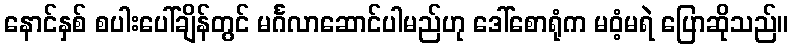
နောင်နှစ် စပါးပေါ်ချိန်တွင် မင်္ဂလာဆောင်ပါမည်ဟု ဒေါ်စောရုံက မဝံ့မရဲ ပြောဆိုသည်။